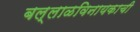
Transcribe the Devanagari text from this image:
बल्लाळविनायकाची